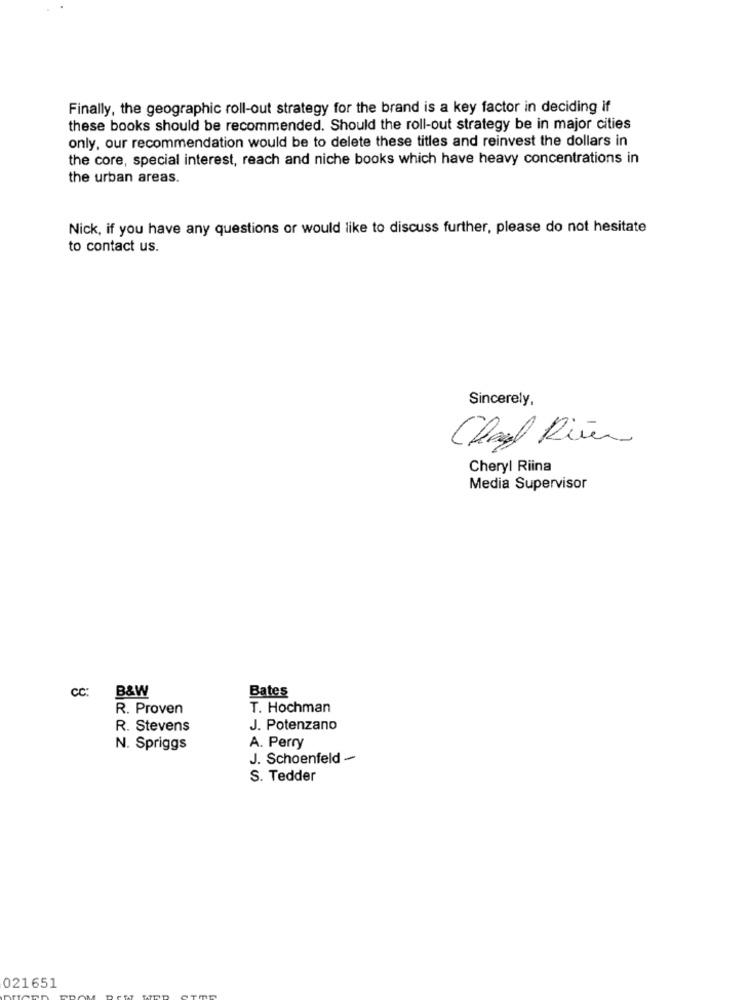
Finally, the geographic roll-out strategy for the brand is a key factor in deciding if
these books should be recommended. Should the roll-out strategy be in major cities
only, our recommendation would be to delete these titles and reinvest the dollars in
the core, special interest, reach and niche books which have heavy concentrations in
the urban areas.
Nick, if you have any questions or would like to discuss further, please do not hesitate
to contact us.
Sincerely,
Chauf River
Cheryl Riina
Media Supervisor
CC:
B&W
Bates
R. Proven
T. Hochman
R. Stevens
J. Potenzano
N. Spriggs
A. Perry
J. Schoenfeld -
S. Tedder
021651